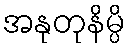
အနုတုနိမ္ပိ